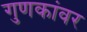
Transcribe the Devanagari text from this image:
गुणकांवर